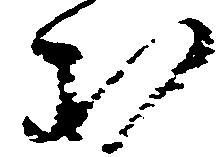
む